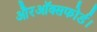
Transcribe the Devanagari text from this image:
औरऑक्सफोर्ड।